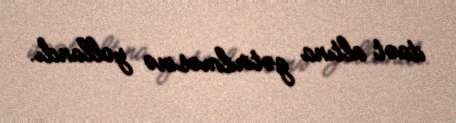
itaət altına gətirilməsinə yollandı.